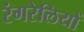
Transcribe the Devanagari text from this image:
रंगरेलियों